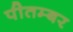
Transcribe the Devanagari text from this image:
पीतम्बर